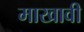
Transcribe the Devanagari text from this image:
माखावी